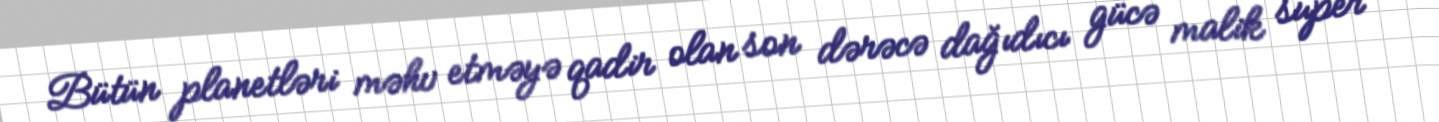
Bütün planetləri məhv etməyə qadir olan son dərəcə dağıdıcı gücə malik super